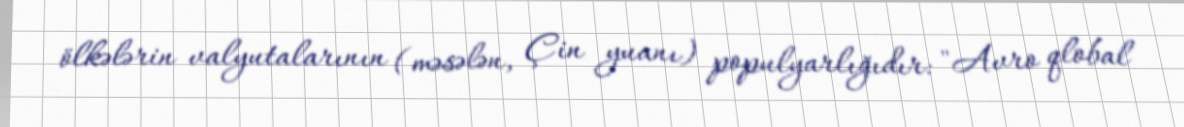
ölkələrin valyutalarının (məsələn, Çin yuanı) populyarlığıdır: "Avro qlobal